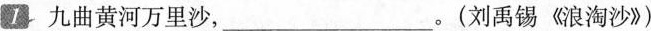
1 九曲黄河万里沙，___。(刘禹锡《浪淘沙》)